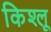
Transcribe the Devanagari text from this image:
किश्लू